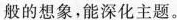
般的想象，能深化主题。